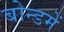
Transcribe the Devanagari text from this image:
बोन्डमें